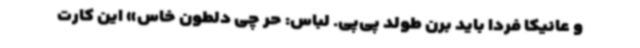
و عانیکا فردا باید برن طولد پی‌پی. لباس: حر چی دلطون خاس» این کارت